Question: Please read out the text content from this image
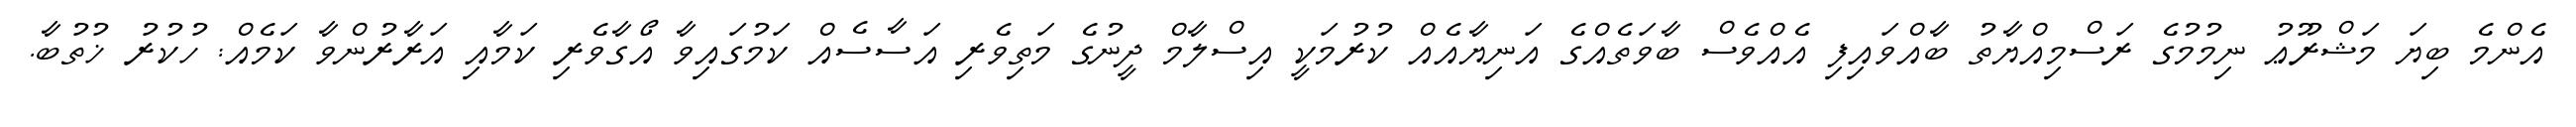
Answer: އެންމެ ބިޔަ މަޝްރޫޢު ނިމުމުގެ ރަސްމިއްޔާތު ބާއްވައިފި އެއްވެސް ބާވަތެއްގެ އަނިޔާއެއް ކުރުމަކީ އިސްލާމް ދީނުގެ މަތިވެރި އަސާސެއް ކަމުގައިވާ އޯގާވެރި ކަމާއި އަރާރުންވާ ކަމެއް: ހުކުރު ޚުތުބާ.